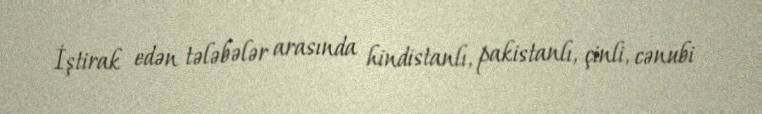
İştirak edən tələbələr arasında hindistanlı, pakistanlı, çinli, cənubi